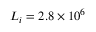
L _ { i } = 2 . 8 \times 1 0 ^ { 6 }